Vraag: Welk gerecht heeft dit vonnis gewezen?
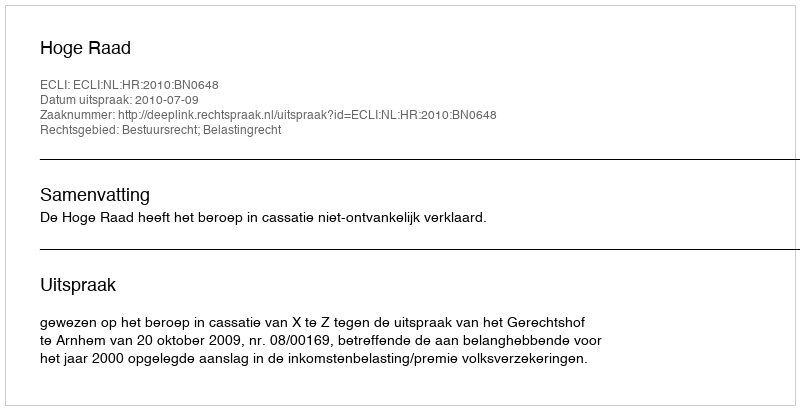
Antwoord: Hoge Raad